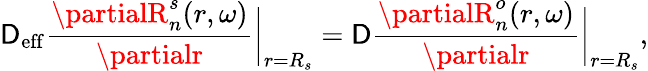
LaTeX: \mathsf{D}_{\mathrm{{eff}}}\frac{{\partialR_{n}^{s}(r,\omega)}}{{\partialr}}\bigg|_{r=R_{s}}=\mathsf{D}\frac{{\partialR_{n}^{o}(r,\omega)}}{{\partialr}}\bigg|_{r=R_{s}},